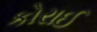
કોરાઈ